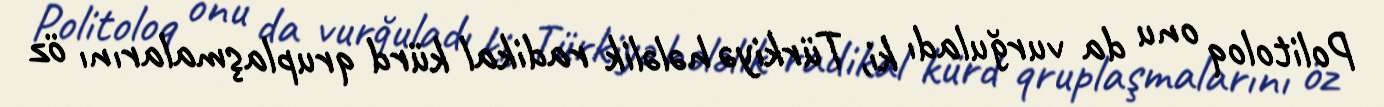
Politoloq onu da vurğuladı ki, Türkiyə hələlik radikal kürd qruplaşmalarını öz